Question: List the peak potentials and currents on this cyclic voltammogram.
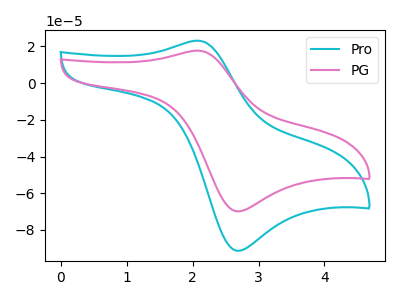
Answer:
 <answer>The cyan curve "Pro" has an anodic peak at (2.05V, 23.10uA) and a cathodic peak at (2.70V, -91.30uA). The pink curve "PG" has an anodic peak at (2.05V, 17.65uA) and a cathodic peak at (2.70V, -69.80uA).</answer>
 <eval></eval>